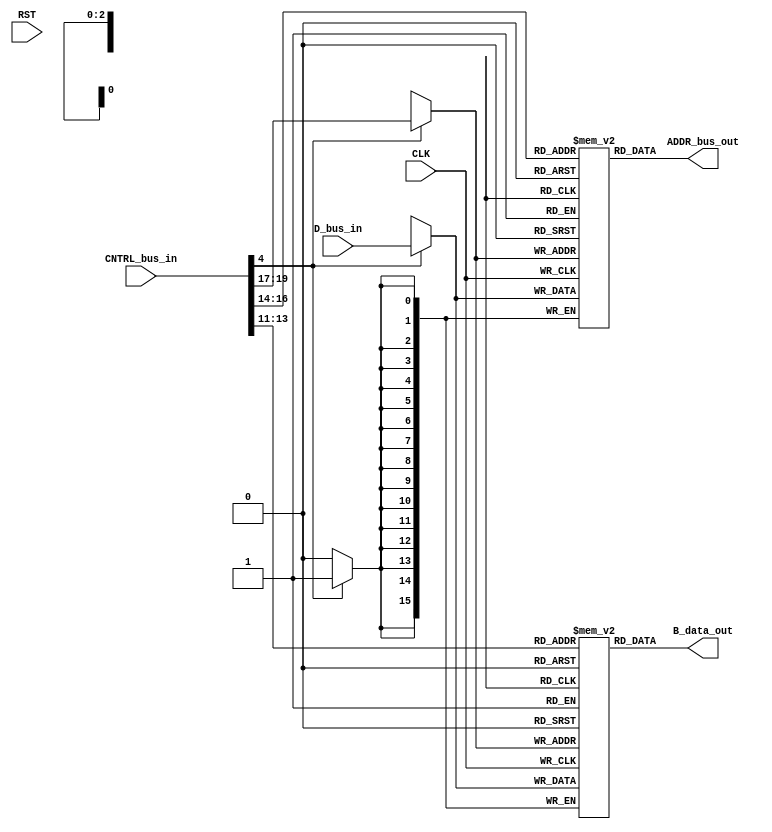
module Computer_Datapath_RegisterFile(

	output reg [WORD_WIDTH-1:0] ADDR_bus_out,
	output reg [WORD_WIDTH-1:0] B_data_out,
	input [CNTRL_WIDTH-1:0] CNTRL_bus_in,
	input [WORD_WIDTH-1:0] D_bus_in,
	input CLK,
	input RST

	);

parameter WORD_WIDTH = 16;
parameter DR_WIDTH = 3;
parameter SA_WIDTH = DR_WIDTH;
parameter SB_WIDTH = DR_WIDTH;
parameter OPCODE_WIDTH = 7;
parameter FS_WIDTH = 4;
parameter CNTRL_FLAGS_WIDTH = 7;
parameter CNTRL_WIDTH = DR_WIDTH+SA_WIDTH+SB_WIDTH+FS_WIDTH+CNTRL_FLAGS_WIDTH;

wire RW = CNTRL_bus_in[4];

wire [SA_WIDTH-1:0] DA = CNTRL_bus_in[19:17];
wire [SA_WIDTH-1:0] AA = CNTRL_bus_in[16:14];
wire [SA_WIDTH-1:0] BA = CNTRL_bus_in[13:11];

reg [WORD_WIDTH-1:0] SYNC_RAM0 [2**DR_WIDTH-1:0];
reg [WORD_WIDTH-1:0] SYNC_RAM1 [2**DR_WIDTH-1:0];

reg [DR_WIDTH-1:0] i;

always@(posedge CLK) begin
	/*
	if (!RST)
		for (i=3'b0;i<2**DR_WIDTH-3'b1;i = i + 3'b1) begin
			SYNC_RAM1[i] <= 0;
			SYNC_RAM0[i] <= 0;
		end
		else if (RW) begin
		*/
	if(RW) begin
		SYNC_RAM0[DA] <= D_bus_in;
		SYNC_RAM1[DA] <= D_bus_in;
	end
end

always@(*) begin
	ADDR_bus_out <= SYNC_RAM0[AA];
	B_data_out <= SYNC_RAM1[BA];
end

endmodule